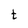
Character: t